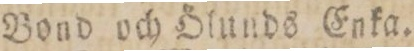
Bond och Ölunds Enka.